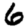
Digit: 6